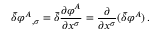
{ \bar { \delta } } { \varphi ^ { A } } _ { , \sigma } = { \bar { \delta } } { \frac { \partial \varphi ^ { A } } { \partial x ^ { \sigma } } } = { \frac { \partial } { \partial x ^ { \sigma } } } ( { \bar { \delta } } \varphi ^ { A } ) \, .